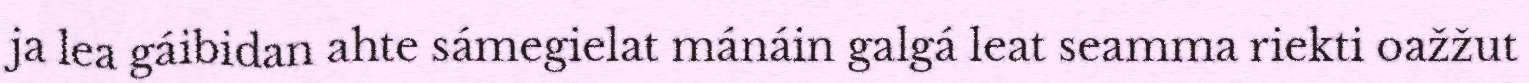
ja lea gáibidan ahte sámegielat mánáin galgá leat seamma riekti oažžut